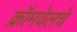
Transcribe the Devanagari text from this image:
क्रॉमवेलचे